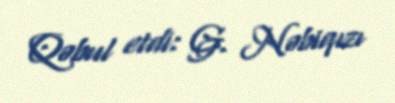
Qəbul etdi: G. Nəbiqızı